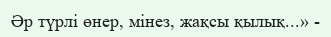
Әр түрлі өнер, мінез, жақсы қылық...» -